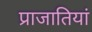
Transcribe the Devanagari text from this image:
प्राजातियां